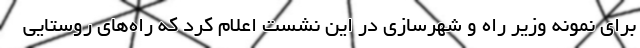
برای نمونه وزیر راه و شهرسازی در این نشست اعلام کرد که راه‌های روستایی